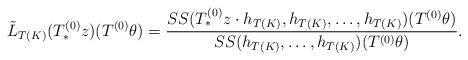
LaTeX: \begin{align*}\tilde{L}_{T(K)}(T^{(0)}_* z)(T^{(0)} \theta) = \frac{\SS(T^{(0)}_* z \cdot h_{T(K)}, h_{T(K)}, \ldots,h_{T(K)})(T^{(0)} \theta)}{\SS(h_{T(K)},\ldots,h_{T(K)})(T^{(0)} \theta)} .\end{align*}